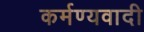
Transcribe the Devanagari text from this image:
कर्मण्यवादी